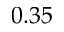
0 . 3 5